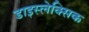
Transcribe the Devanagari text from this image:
डाइस्लेक्सिक